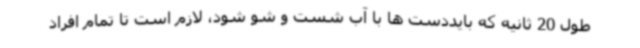
طول 20 ثانیه که بایددست ها با آب شست و شو شود، لازم است تا تمام افراد